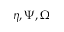
\eta , \Psi , \Omega